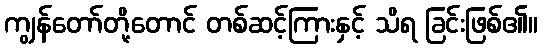
ကျွန်တော်တို့တောင် တစ်ဆင့်ကြားနှင့် သိရ ခြင်းဖြစ်၏။